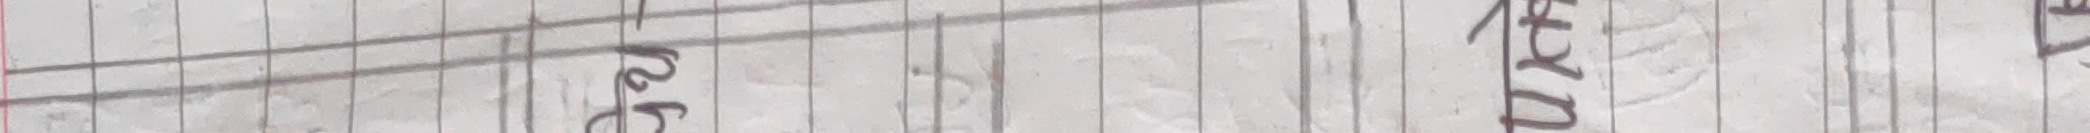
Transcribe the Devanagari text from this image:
मु का १४
अ प्यौ २